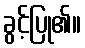
ခွင့်ပြု၏။